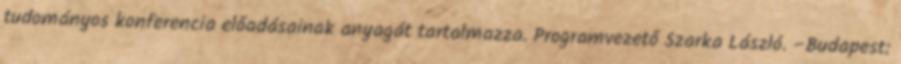
tudományos konferencia előadásainak anyagát tartalmazza. Programvezető Szarka László. –Budapest: